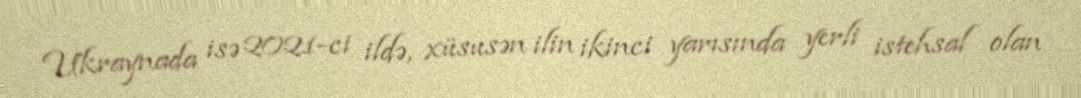
Ukraynada isə 2021-ci ildə, xüsusən ilin ikinci yarısında yerli istehsal olan